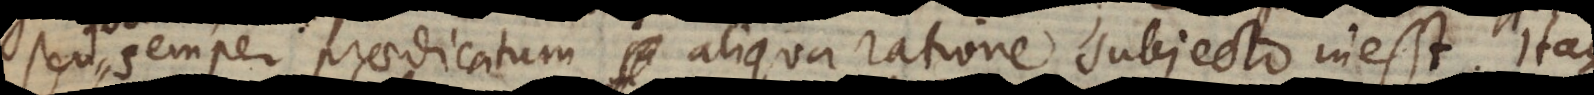
semper praedicatum su aliqua ratione subjecto inest. Itaque